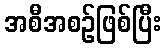
အစီအစဉ်ဖြစ်ပြီး